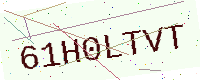
Text: 61H0LTVT